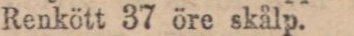
Renkött 37 öre skålp.